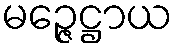
မဉ္ဇေဋ္ဌာယ